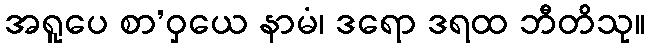
အရူပေ စာ’ဝှယေ နာမံ၊ ဒရော ဒရထ ဘီတိသု။